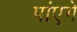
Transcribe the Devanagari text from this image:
पांएगे